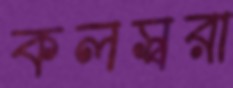
কলস্বরা